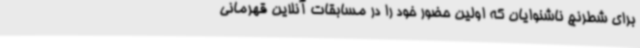
برای شطرنج ناشنوایان که اولین حضور خود را در مسابقات آنلاین قهرمانی